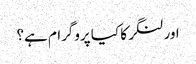
اور لنگر کا کیا پروگرام ہے؟